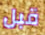
قبل